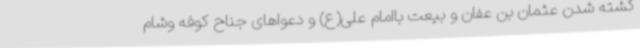
کشته شدن عثمان بن عفان و بیعت باامام علی(ع) و دعواهای جناح کوفه وشام